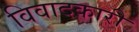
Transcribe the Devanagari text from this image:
विवादकारी